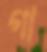
গা